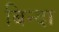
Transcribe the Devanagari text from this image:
बिन्दा